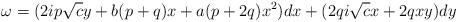
LaTeX: \begin{align*}\omega = (2ip\sqrt{c}y+b(p+q)x+a(p+2q)x^2)dx+(2qi\sqrt{c}x+2qxy)dy\end{align*}